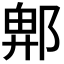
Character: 𮠁